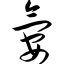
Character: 氨